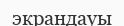
экрандауы